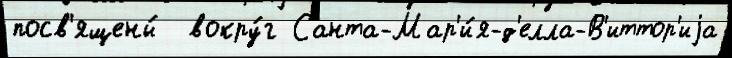
посв'ящены́  вокру́г Санта-Мар'и́я-д'елла-В'иттор'иjа